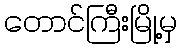
တောင်ကြီးမြို့မှ